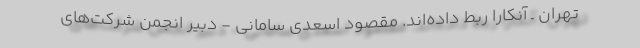
تهران ـ آنکارا ربط داده‌اند. مقصود اسعدی سامانی - دبیر انجمن شرکت‌های